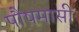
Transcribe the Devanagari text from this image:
पौषमासी